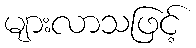
များလာသဖြင့်